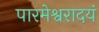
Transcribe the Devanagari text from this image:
पारमेश्वरादयं